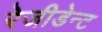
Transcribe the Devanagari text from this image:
रेजीडेन्ट